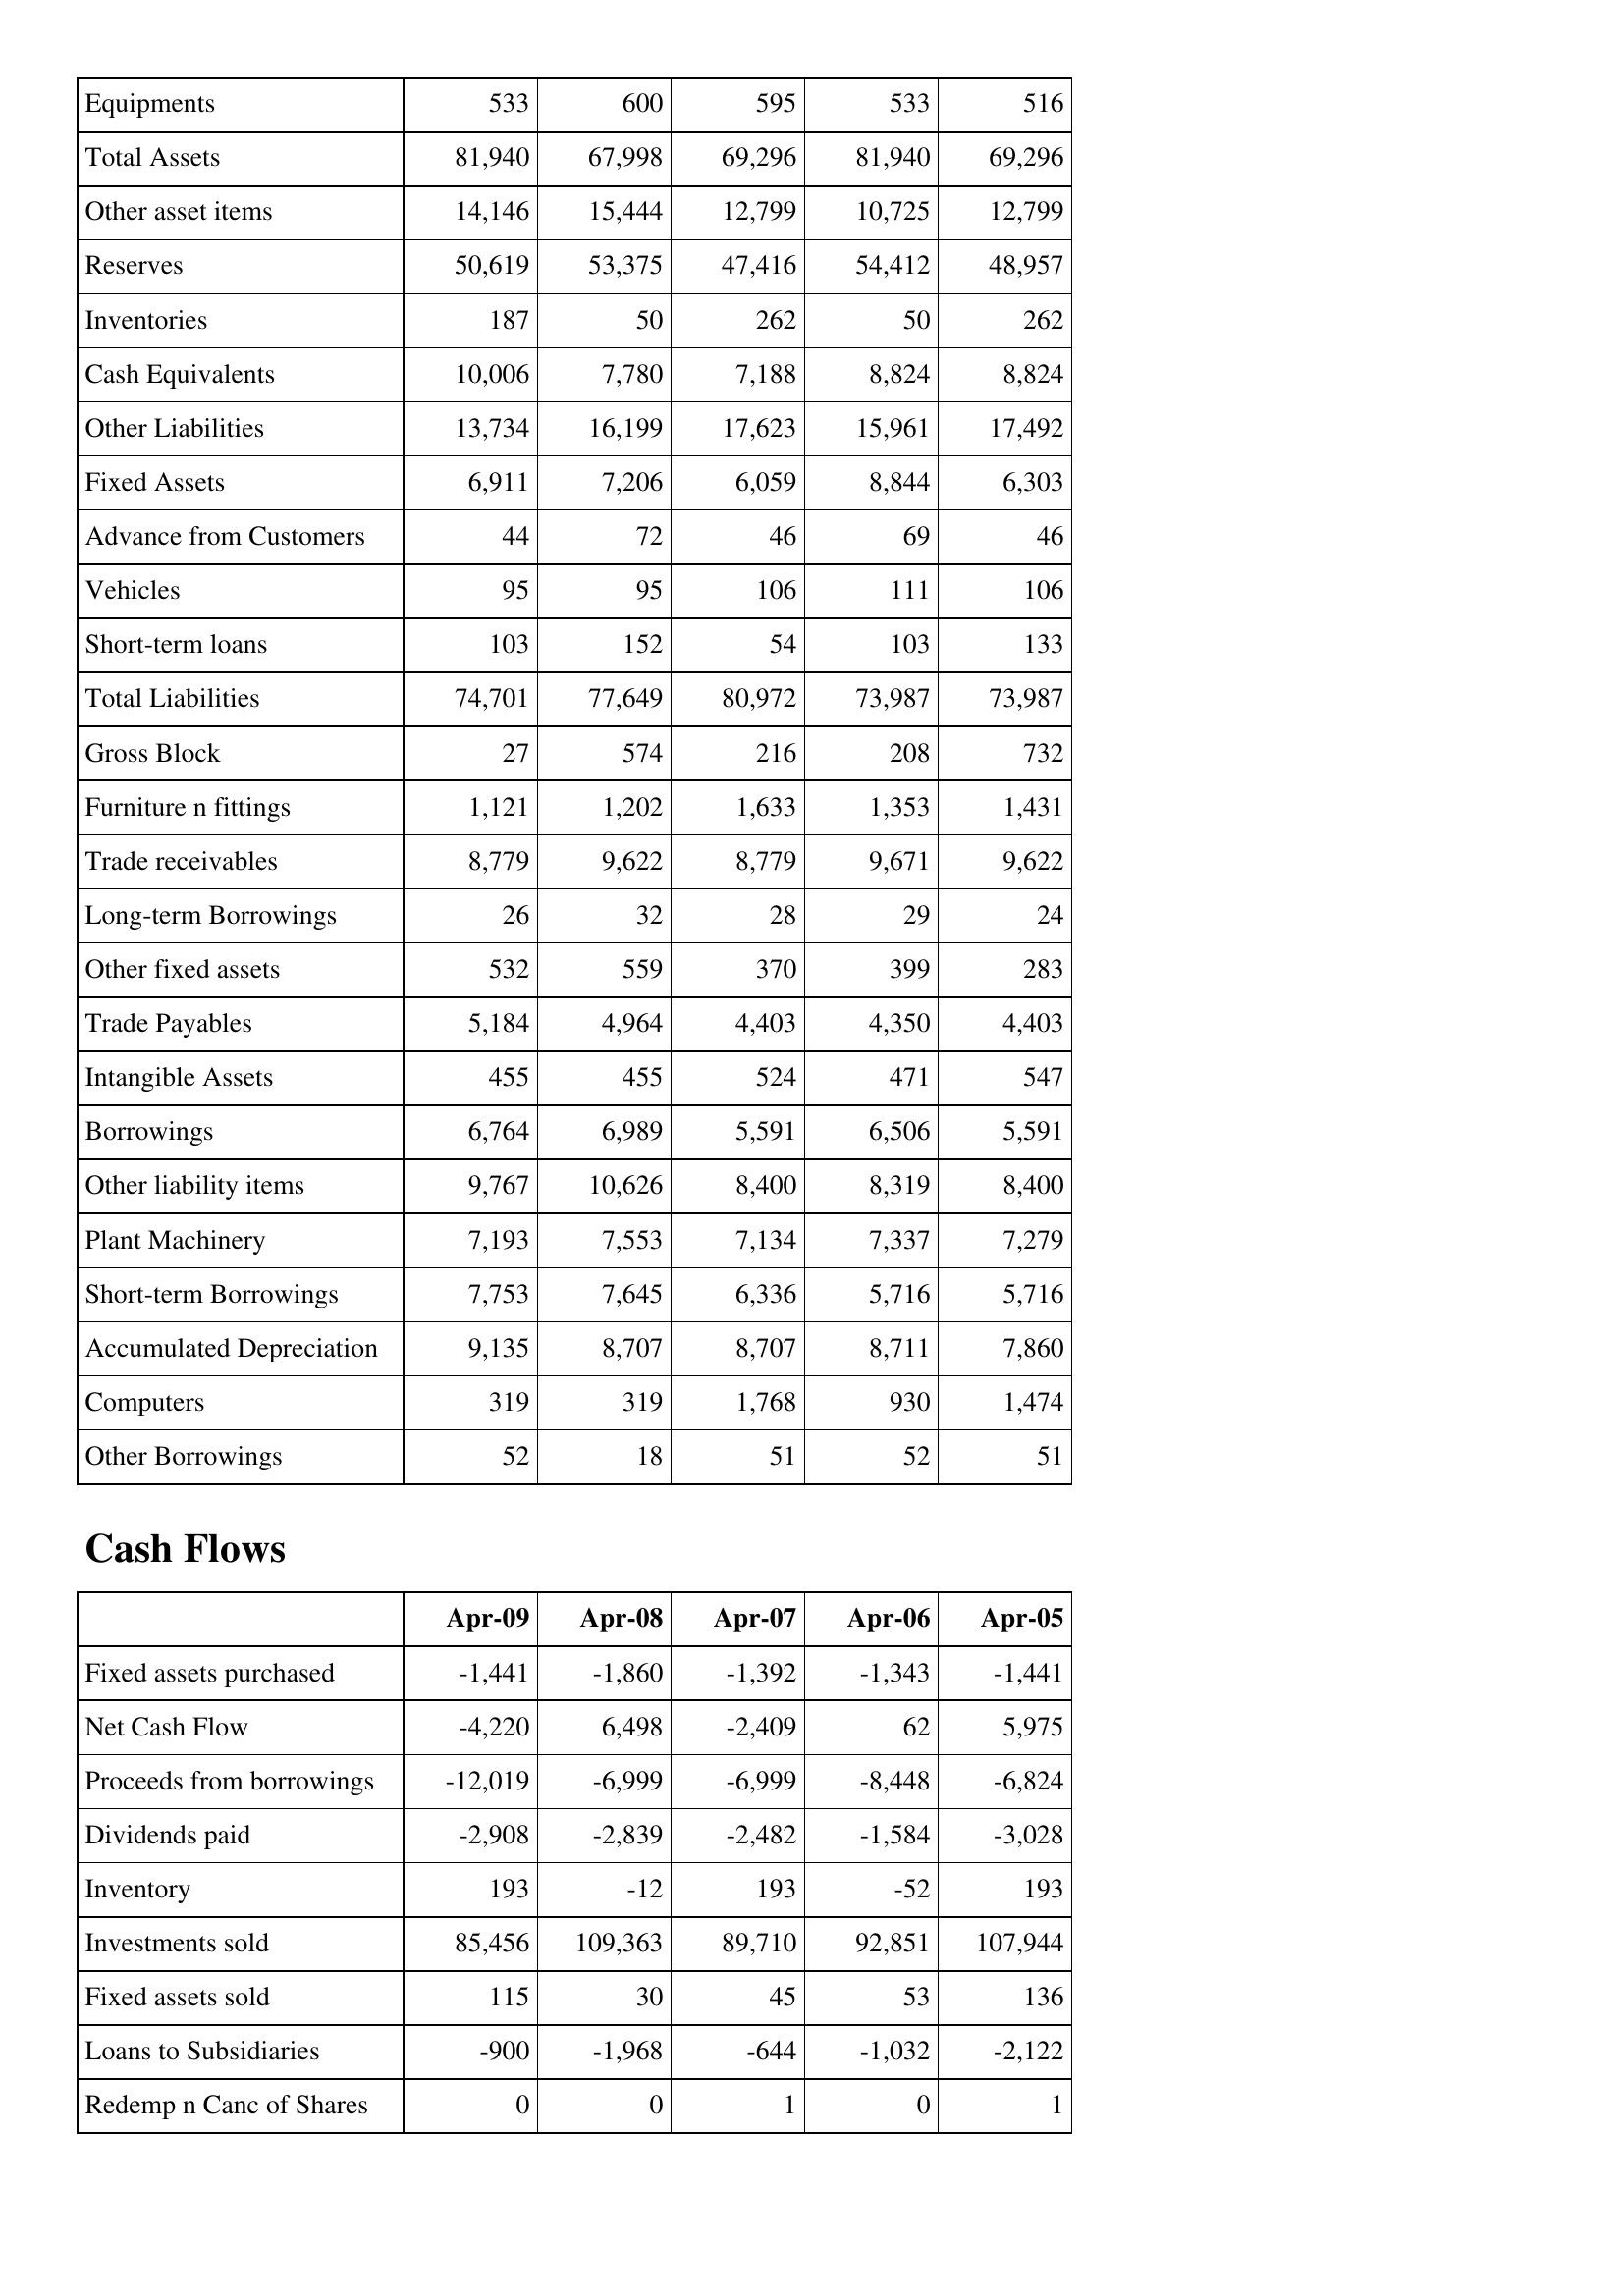
Apr-09: Balance Sheet: Equipments: 533
Total Assets: 81,940
Other asset items: 14,146
Reserves: 50,619
Inventories: 187
Cash Equivalents: 10,006
Other Liabilities: 13,734
Fixed Assets: 6,911
Advance from Customers: 44
Vehicles: 95
Short-term loans: 103
Total Liabilities: 74,701
Gross Block: 27
Furniture n fittings: 1,121
Trade receivables: 8,779
Long-term Borrowings: 26
Other fixed assets: 532
Trade Payables: 5,184
Intangible Assets: 455
Borrowings: 6,764
Other liability items: 9,767
Plant Machinery: 7,193
Short-term Borrowings: 7,753
Accumulated Depreciation: 9,135
Computers: 319
Other Borrowings: 52
Cash Flows: Fixed assets purchased: -1,441
Net Cash Flow: -4,220
Proceeds from borrowings: -12,019
Dividends paid: -2,908
Inventory: 193
Investments sold: 85,456
Fixed assets sold: 115
Loans to Subsidiaries: -900
Redemp n Canc of Shares: 0
Apr-08: Balance Sheet: Equipments: 600
Total Assets: 67,998
Other asset items: 15,444
Reserves: 53,375
Inventories: 50
Cash Equivalents: 7,780
Other Liabilities: 16,199
Fixed Assets: 7,206
Advance from Customers: 72
Vehicles: 95
Short-term loans: 152
Total Liabilities: 77,649
Gross Block: 574
Furniture n fittings: 1,202
Trade receivables: 9,622
Long-term Borrowings: 32
Other fixed assets: 559
Trade Payables: 4,964
Intangible Assets: 455
Borrowings: 6,989
Other liability items: 10,626
Plant Machinery: 7,553
Short-term Borrowings: 7,645
Accumulated Depreciation: 8,707
Computers: 319
Other Borrowings: 18
Cash Flows: Fixed assets purchased: -1,860
Net Cash Flow: 6,498
Proceeds from borrowings: -6,999
Dividends paid: -2,839
Inventory: -12
Investments sold: 109,363
Fixed assets sold: 30
Loans to Subsidiaries: -1,968
Redemp n Canc of Shares: 0
Apr-07: Balance Sheet: Equipments: 595
Total Assets: 69,296
Other asset items: 12,799
Reserves: 47,416
Inventories: 262
Cash Equivalents: 7,188
Other Liabilities: 17,623
Fixed Assets: 6,059
Advance from Customers: 46
Vehicles: 106
Short-term loans: 54
Total Liabilities: 80,972
Gross Block: 216
Furniture n fittings: 1,633
Trade receivables: 8,779
Long-term Borrowings: 28
Other fixed assets: 370
Trade Payables: 4,403
Intangible Assets: 524
Borrowings: 5,591
Other liability items: 8,400
Plant Machinery: 7,134
Short-term Borrowings: 6,336
Accumulated Depreciation: 8,707
Computers: 1,768
Other Borrowings: 51
Cash Flows: Fixed assets purchased: -1,392
Net Cash Flow: -2,409
Proceeds from borrowings: -6,999
Dividends paid: -2,482
Inventory: 193
Investments sold: 89,710
Fixed assets sold: 45
Loans to Subsidiaries: -644
Redemp n Canc of Shares: 1
Apr-06: Balance Sheet: Equipments: 533
Total Assets: 81,940
Other asset items: 10,725
Reserves: 54,412
Inventories: 50
Cash Equivalents: 8,824
Other Liabilities: 15,961
Fixed Assets: 8,844
Advance from Customers: 69
Vehicles: 111
Short-term loans: 103
Total Liabilities: 73,987
Gross Block: 208
Furniture n fittings: 1,353
Trade receivables: 9,671
Long-term Borrowings: 29
Other fixed assets: 399
Trade Payables: 4,350
Intangible Assets: 471
Borrowings: 6,506
Other liability items: 8,319
Plant Machinery: 7,337
Short-term Borrowings: 5,716
Accumulated Depreciation: 8,711
Computers: 930
Other Borrowings: 52
Cash Flows: Fixed assets purchased: -1,343
Net Cash Flow: 62
Proceeds from borrowings: -8,448
Dividends paid: -1,584
Inventory: -52
Investments sold: 92,851
Fixed assets sold: 53
Loans to Subsidiaries: -1,032
Redemp n Canc of Shares: 0
Apr-05: Balance Sheet: Equipments: 516
Total Assets: 69,296
Other asset items: 12,799
Reserves: 48,957
Inventories: 262
Cash Equivalents: 8,824
Other Liabilities: 17,492
Fixed Assets: 6,303
Advance from Customers: 46
Vehicles: 106
Short-term loans: 133
Total Liabilities: 73,987
Gross Block: 732
Furniture n fittings: 1,431
Trade receivables: 9,622
Long-term Borrowings: 24
Other fixed assets: 283
Trade Payables: 4,403
Intangible Assets: 547
Borrowings: 5,591
Other liability items: 8,400
Plant Machinery: 7,279
Short-term Borrowings: 5,716
Accumulated Depreciation: 7,860
Computers: 1,474
Other Borrowings: 51
Cash Flows: Fixed assets purchased: -1,441
Net Cash Flow: 5,975
Proceeds from borrowings: -6,824
Dividends paid: -3,028
Inventory: 193
Investments sold: 107,944
Fixed assets sold: 136
Loans to Subsidiaries: -2,122
Redemp n Canc of Shares: 1